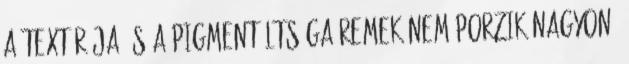
A textúrája és a pigmentáltsága remek Nem porzik nagyon,